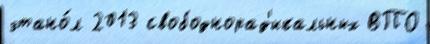
этано́л 2013 свободнорад'икальных ВПО